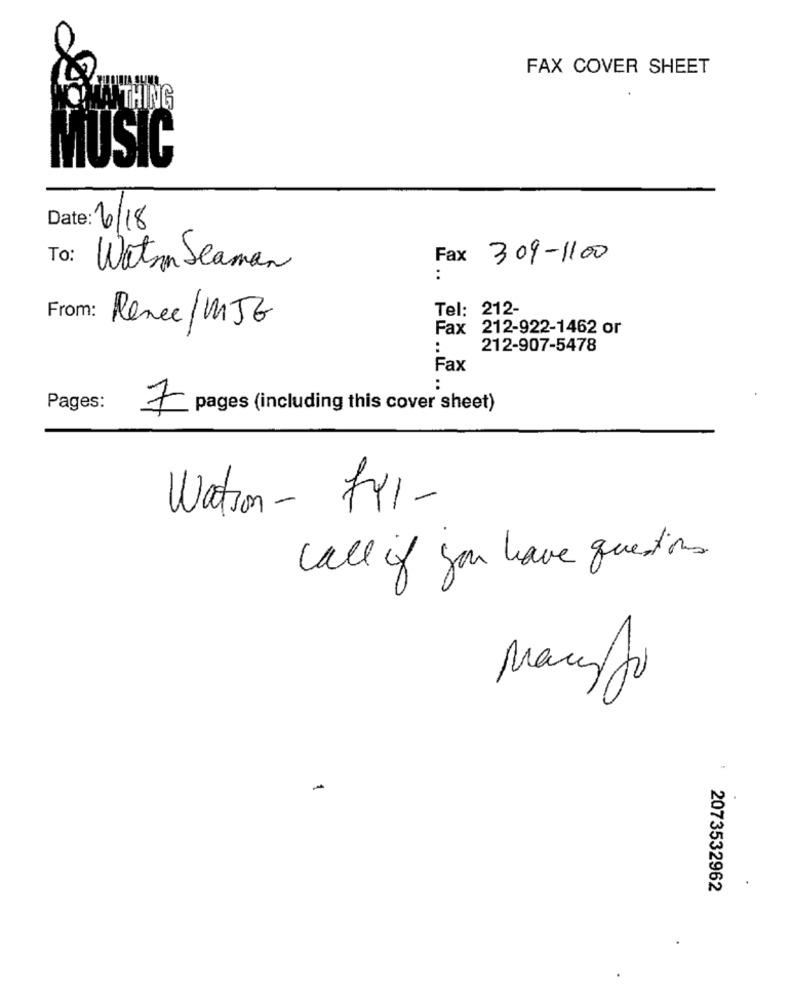
FAX COVER SHEET
THING
MUSIC
Date: 6/18
To:
Fax
309-1100
Watson Seaman
:
Tel: 212-
From:
Renee/MJG
Fax 212-922-1462 or
:
212-907-5478
Fax
Pages:
7 pages (including this cover sheet)
Watson- 741-
call if you have questions
Manyto
-
2073532962